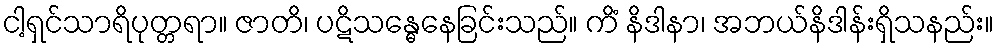
ငါ့ရှင်သာရိပုတ္တရာ။ ဇာတိ၊ ပဋိသန္ဓေနေခြင်းသည်။ ကိံ နိဒါနာ၊ အဘယ်နိဒါန်းရှိသနည်း။